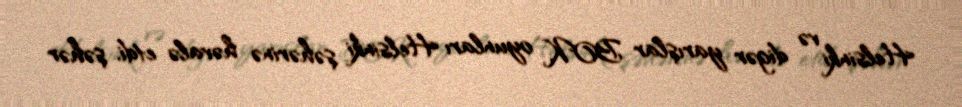
Helsinki və digər yarışlar BOK, oyunları Helsinki şəhərinə həvalə etdi, şəhər